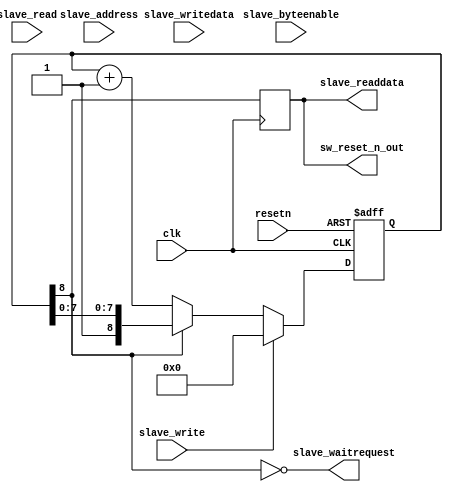
module sw_reset
#( 
  parameter WIDTH=32,
  parameter LOG2_RESET_CYCLES=8
)
(
   input clk,
   input resetn,

   // Slave port
   input slave_address,  // Word address
   input [WIDTH-1:0] slave_writedata,
   input slave_read,
   input slave_write,
   input [WIDTH/8-1:0] slave_byteenable,
   output slave_readdata,
   output slave_waitrequest,

   output reg       sw_reset_n_out
);

reg [LOG2_RESET_CYCLES:0] reset_count;
initial  // Power up condition 
    reset_count <= {LOG2_RESET_CYCLES+1{1'b0}};
always@(posedge clk or negedge resetn)
  if (!resetn)
    reset_count <= {LOG2_RESET_CYCLES+1{1'b0}};
  else if (slave_write)
    reset_count <= {LOG2_RESET_CYCLES+1{1'b0}};
  else if (!reset_count[LOG2_RESET_CYCLES])
    reset_count <= reset_count + 2'b01;

always@(posedge clk)
  sw_reset_n_out = reset_count[LOG2_RESET_CYCLES];

assign slave_waitrequest = !reset_count[LOG2_RESET_CYCLES];
assign slave_readdata = sw_reset_n_out;
  
endmodule